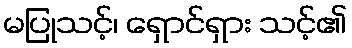
မပြုသင့်၊ ရှောင်ရှား သင့်၏